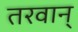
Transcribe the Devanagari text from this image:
तरवान्